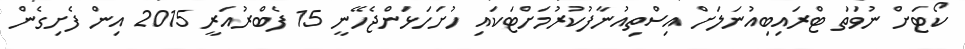
ކޯޓަށް ނުވަތަ ޓްރައިބިއުނަލަށް އިސްތިއުނާފުކުރުމަށްޓަކައި ހުށަހަޅަންޖެހޭނީ 15 ފެބްރުއަރީ 2015 އިން ފެށިގެން